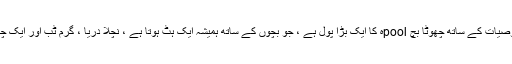
ویوو میں اسپرے کی خصوصیات کے ساتھ چھوٹا بچ poolہ کا ایک بڑا پول ہے ، جو بچوں کے ساتھ ہمیشہ ایک ہٹ ہوتا ہے ، نچلا دریا ، گرم ٹب اور ایک چھوٹا سا واٹرسائڈ کے ساتھ۔